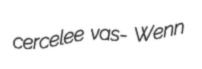
cercelee vas- Wenn